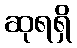
ဆုရရှိ